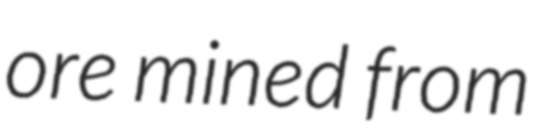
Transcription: ore mined from